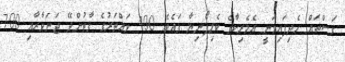
ގަސްތައް ހެދިފައިވަނީ އެމެރިކާގެ ކެލިފޯނިޔާ ގައެވެ. 400 ވައްތަރުގެ ގާތުންދޭ ޖަނަވާރާއި 700